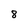
Character: 8